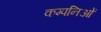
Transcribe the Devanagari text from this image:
कम्पनिओं